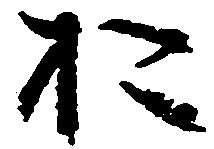
お